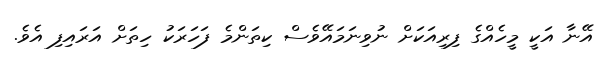
އޭނާ އަކީ މީހެއްގެ ފިރިއަކަށް ނުވިނަމައޭވެސް ކިތަންމެ ފަހަރަކު ހިތަށް އަރައިފި އެވެ.